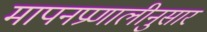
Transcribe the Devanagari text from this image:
मापनप्रणालीनुसार